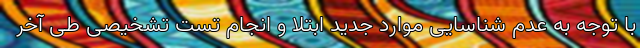
با توجه به عدم شناسایی موارد جدید ابتلا و انجام تست تشخیصی طی آخر